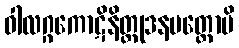
ဝါလဂ္ဂကောဋိနိတ္တုဒနမတ္တောပိ